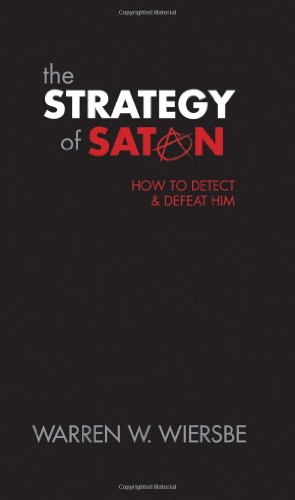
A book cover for The Strategy of Satan: How to Detect and Defeat Him; Warren W. Wiersbe; Christian Books & Bibles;